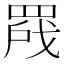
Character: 𬙣